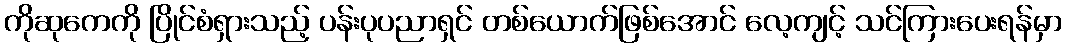
ကိုဆုကေကို ပြိုင်စံရှားသည့် ပန်းပုပညာရှင် တစ်ယောက်ဖြစ်အောင် လေ့ကျင့် သင်ကြားပေးရန်မှာ